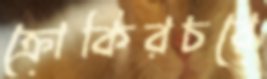
ক্রোকিরচরে